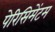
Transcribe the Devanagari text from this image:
पेरिसिमेंटम